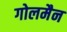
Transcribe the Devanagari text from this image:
गोलमैन